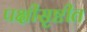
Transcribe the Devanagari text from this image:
पक्षीसृष्टीत